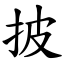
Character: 披